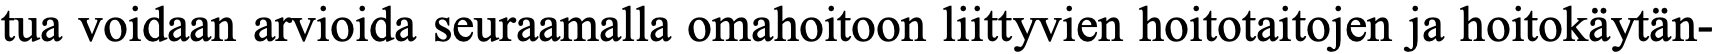
tua voidaan arvioida seuraamalla omahoitoon liittyvien hoitotaitojen ja hoitokäytän-